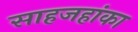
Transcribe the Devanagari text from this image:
साहजहांका